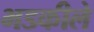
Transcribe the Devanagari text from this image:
भडकीले